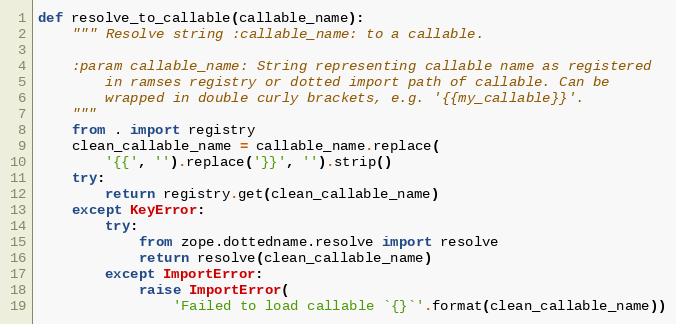
Language: Python
def resolve_to_callable(callable_name):
    """ Resolve string :callable_name: to a callable.

    :param callable_name: String representing callable name as registered
        in ramses registry or dotted import path of callable. Can be
        wrapped in double curly brackets, e.g. '{{my_callable}}'.
    """
    from . import registry
    clean_callable_name = callable_name.replace(
        '{{', '').replace('}}', '').strip()
    try:
        return registry.get(clean_callable_name)
    except KeyError:
        try:
            from zope.dottedname.resolve import resolve
            return resolve(clean_callable_name)
        except ImportError:
            raise ImportError(
                'Failed to load callable `{}`'.format(clean_callable_name))